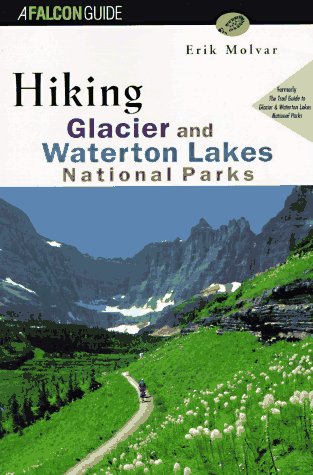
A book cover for Hiking Glacier and Waterton Lakes National Parks: Formerly, the Trail Guide to Glacier and Waterton Lakes National Parks (Falcon Guide); Erik Molvar; Travel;